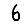
Digit: 6